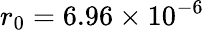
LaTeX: r_{0}=6.96\times 10^{-6}